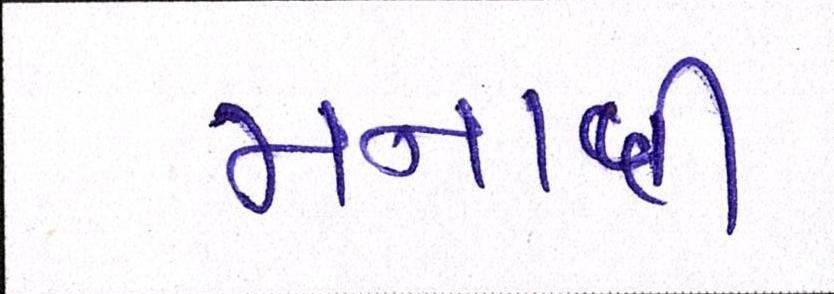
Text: મનાવી